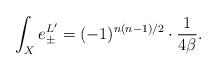
LaTeX: \begin{align*} \int_{X} e^{L'} _{\pm} = (-1)^{n(n-1)/2} \cdot \frac{1}{4\beta} .\end{align*}